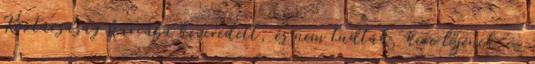
Köztársaság harcába keveredett, és nem tudták, kire lőjenek. -